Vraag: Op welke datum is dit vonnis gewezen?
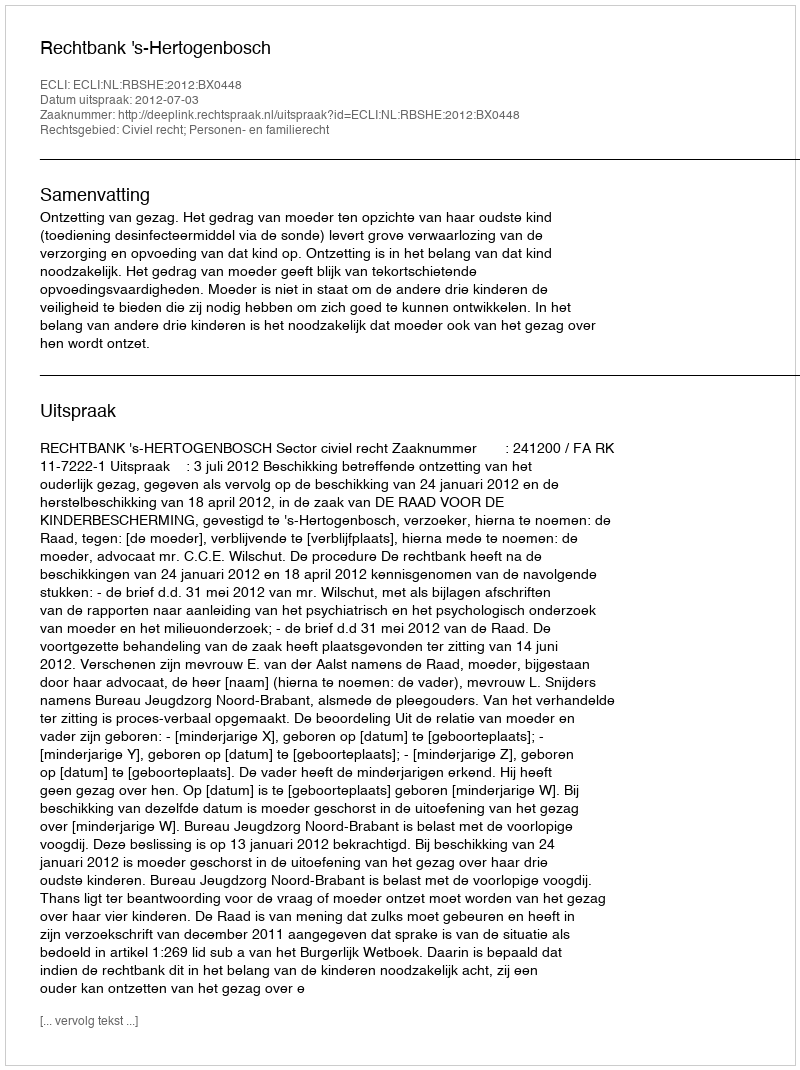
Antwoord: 2012-07-03